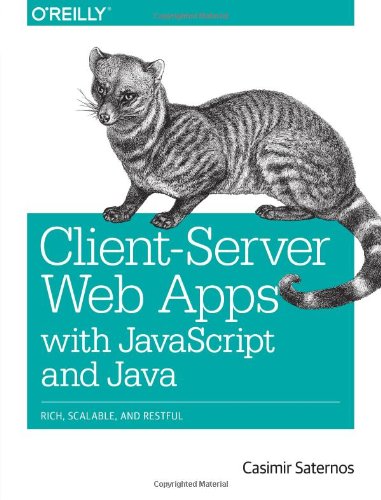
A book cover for Client-Server Web Apps with JavaScript and Java; Casimir Saternos; Computers & Technology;